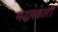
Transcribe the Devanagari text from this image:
मद्धमकारी